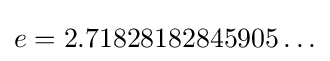
e=2.71828182845905\ldots